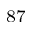
^ { 8 7 }